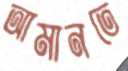
আমানতে